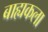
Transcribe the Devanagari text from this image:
बाह्यकला